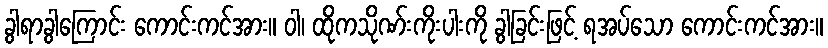
ခွါရာခွါကြောင်း ကောင်းကင်အား။ ဝါ၊ ထိုကသိုဏ်းကိုးပါးကို ခွါခြင်းဖြင့် ရအပ်သော ကောင်းကင်အား။